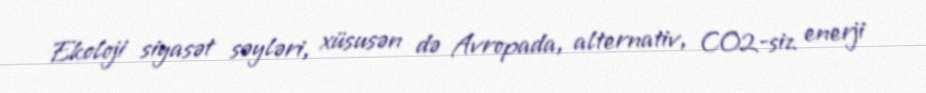
Ekoloji siyasət səyləri, xüsusən də Avropada, alternativ, CO2-siz enerji